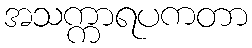
အသက္ကာရပကတာ